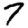
Digit: 7